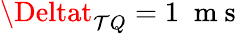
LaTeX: \Deltat_{\mathcal{T}Q}=1\; \mathrm{{~m~s~}}